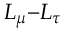
L _ { \mu } ^ { } { - } L _ { \tau } ^ { }